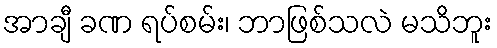
အာချီ ခဏ ရပ်စမ်း၊ ဘာဖြစ်သလဲ မသိဘူး